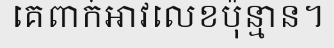
គេពាក់អាវលេខប៉ុន្មាន។